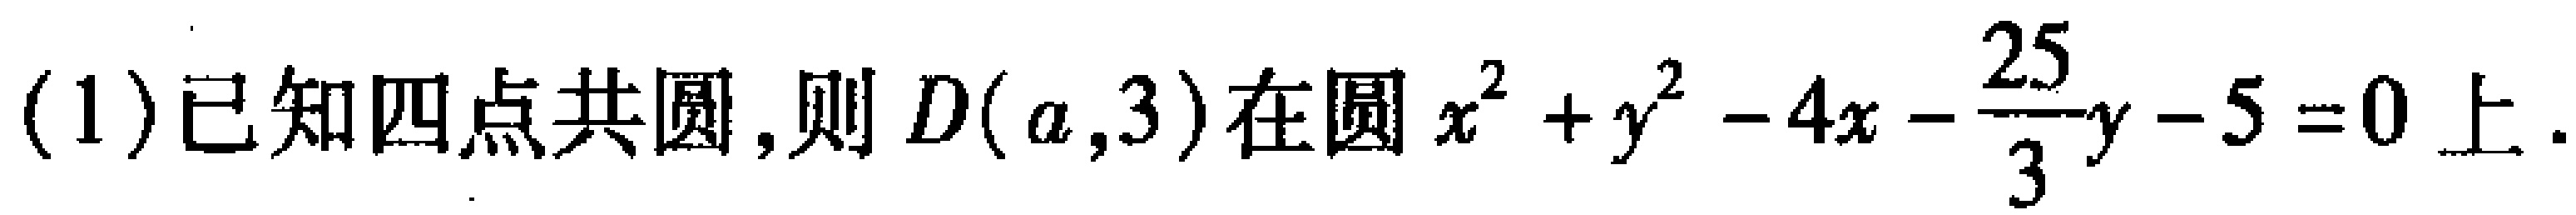
(1)已知四点共圆,则\(D(a,3)\)在圆\(x^{2}+y^{2}-4x-\frac{25}{3}y - 5 = 0\)上.